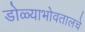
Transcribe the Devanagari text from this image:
डोळ्याभोवतालचे